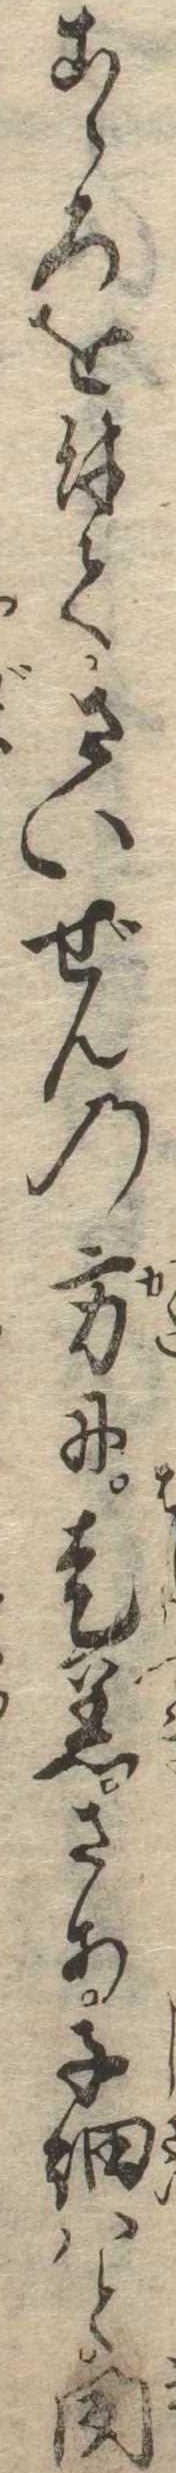
こゝろを付てさいぜんの方に走着さあ子細はと聞